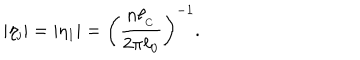
LaTeX: \vert \eta _ { \mathrm { j } } \vert = \vert \eta _ { 1 } \vert = \biggl ( \frac { n \ell _ { _ \mathrm { C } } } { 2 \pi \ell _ { 0 } } \biggl ) ^ { - 1 } .